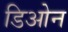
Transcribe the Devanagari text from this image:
डिओन